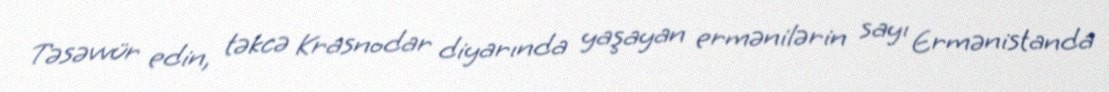
Təsəvvür edin, təkcə Krasnodar diyarında yaşayan ermənilərin sayı Ermənistanda